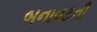
બનાવટની